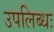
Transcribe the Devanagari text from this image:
उपलिब्धः